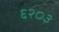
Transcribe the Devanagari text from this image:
६२०३